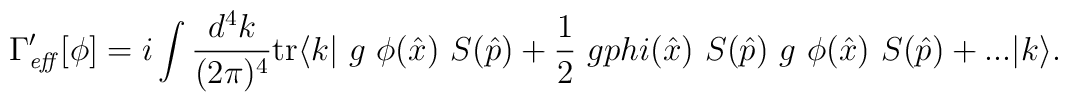
\Gamma^{\prime}_{\mathit{eff}}[\phi ]=i \int \frac{d^4k}{(2 \pi)^4} \mathrm{tr}\langle k| \  g \ \phi (\hat{x}) \ S(\hat{p}) + \frac{1}{2} \  g\\phi (\hat{x}) \ S(\hat{p}) \  g \ \phi (\hat{x}) \ S(\hat{p}) +... |k \rangle.